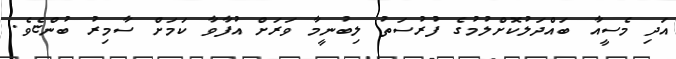
އަދި މެސީއާ ބައްދަލުކޮށްލުމުގެ ފުރުސަތު ލިބުނީމާ ވަރަށް އުފާވާ ކަމަށް ސާމިރު ބުންޏެވެ.